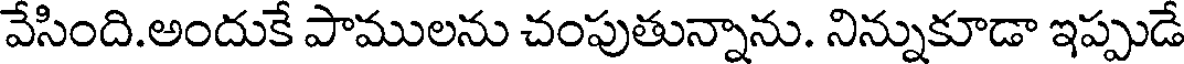
వేసింది.అందుకే పాములను చంపుతున్నాను. నిన్నుకూడా ఇప్పుడే